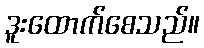
ဒူးထောက်စေသည်။